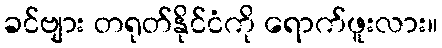
ခင်ဗျား တရုတ်နိုင်ငံကို ရောက်ဖူးလား။